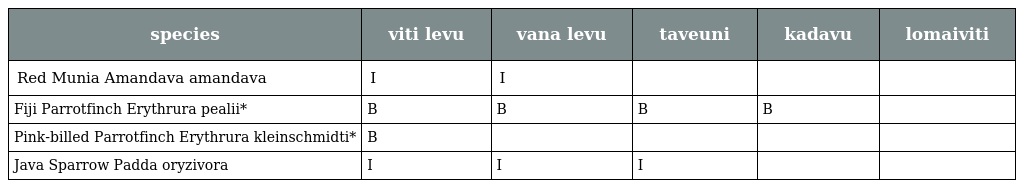
| species | viti levu | vana levu | taveuni | kadavu | lomaiviti |
 | --- | --- | --- | --- | --- | --- |
 | Red Munia Amandava amandava | I | I |  |  |  |
 | Fiji Parrotfinch Erythrura pealii* | B | B | B | B |  |
 | Pink-billed Parrotfinch Erythrura kleinschmidti* | B |  |  |  |  |
 | Java Sparrow Padda oryzivora | I | I | I |  |  |